NAE_ERA_R-1665_Eesti_Kunstnike_Liit, lk 24
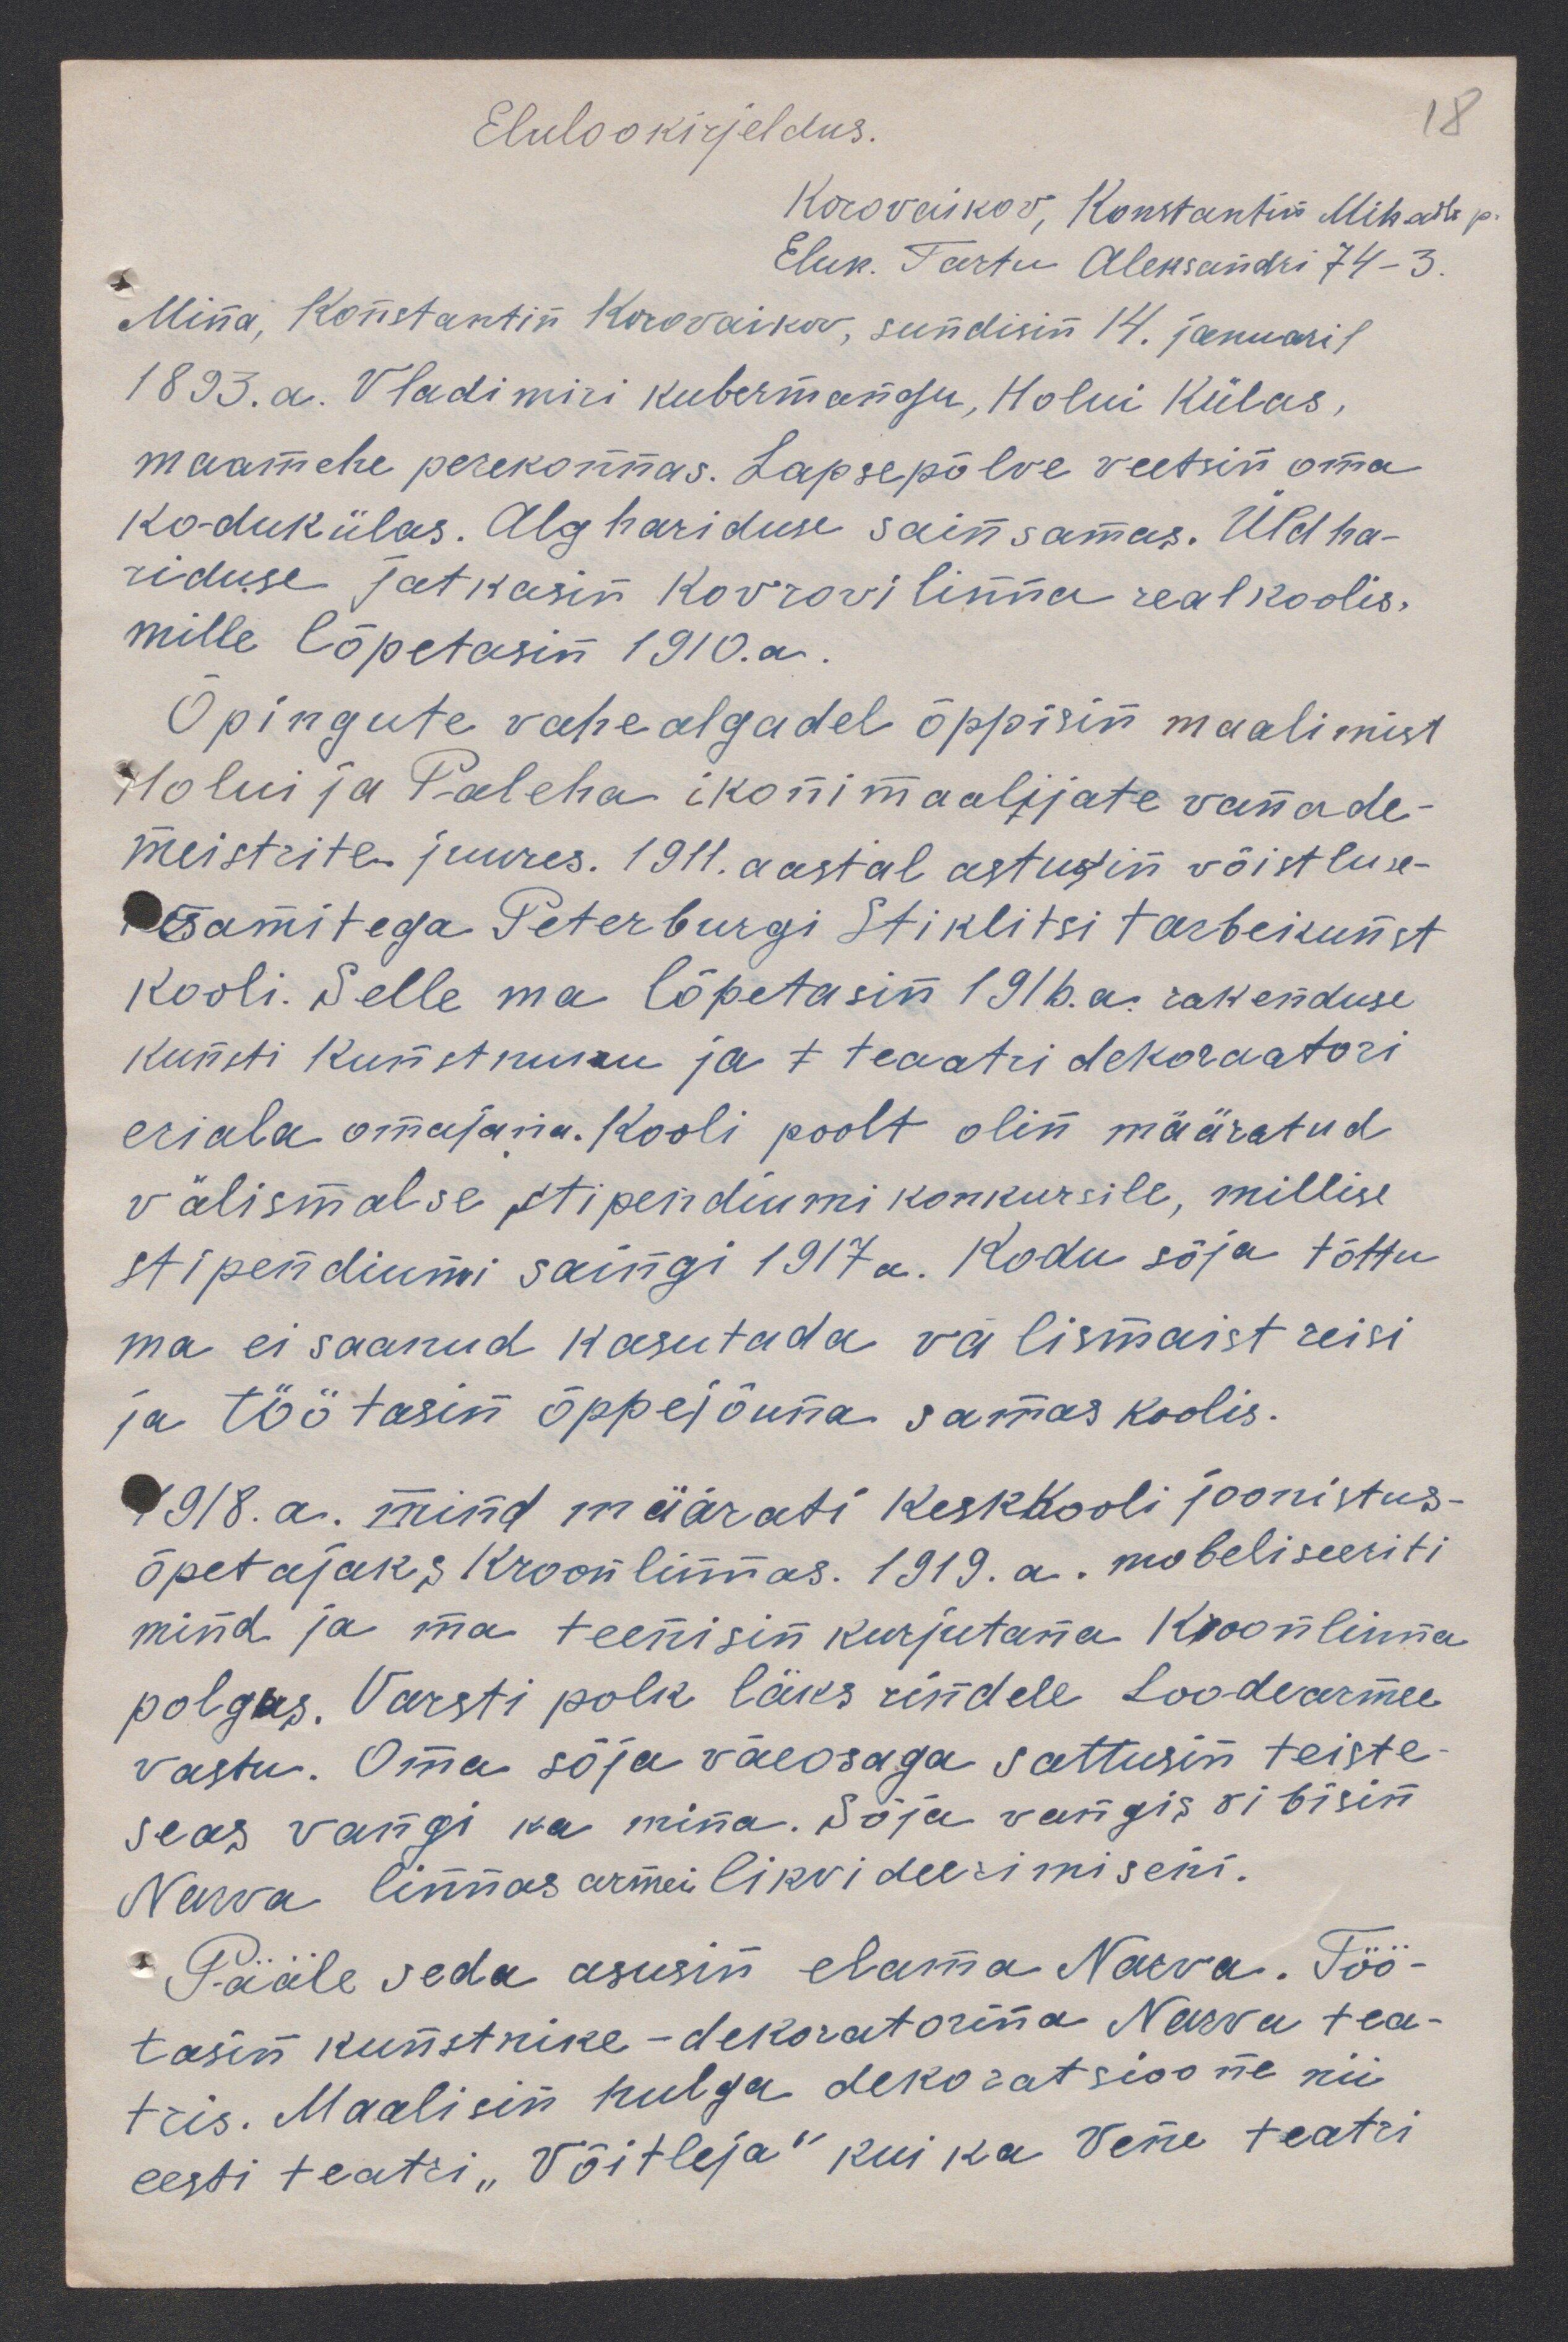
18

Elulookirjeldus.
Korovaikov, Konstantin Mihaili p.
Eluk. Tartu Aleksandri 74-3.
Mina, Konstantin Korovaikov, sundisin 14. januaril
1893.a. Vladimiri kubermangu, Holui külas,
maamehe perekonnas. Lapsepõlve veetsin oma
ko-dukülas. Alghariduse sain samas. Üldha-
riduse jatkasin Kovrovi linna realkoolis,
mille lõpetasin 1910.a.
Õpingute vahealgadel õppisin maalimist
Holui ja Paleha ikonimaalijate vanade-
meistrite juures. 1911. aastal astusin võistluse-
eksamitega Peterburgi Stiklitsi tarbekunst
kooli. Selle ma lõpetasin 1916. a. rakenduse
kunsti kunstnuku ja t teaatri dekoraatori
eriala omajana. Kooli poolt olin määratud
välismalse stipendiumi konkursile, millise
stipendiumi saingi 1917 a. Kodu sõja tõttu
ma ei saanud kasutada välismaist reisi
ja töötasin õppejõuna samas koolis.
1918. a. mind määrati keskkooli joonistus-
õpetajaks Kroonlinnas. 1919. a. mobeliseeriti
mind ja ma teenisin kurjutana Kroonlinna
polgus. Varsti polk läks rindele Loodearmee
vastu. Oma sõja väeosaga sattusin teiste-
seas vangi ka mina. Sõja vangis vibisin
Narva linnas armei likvideerimiseni.
Pääle seda asusin elama Narva. Töö-
tasin kunstnike - dekoratorina Narva tea-
tris. Maalisin hulga dekoratsioone nii
eesti teatri "Võitleja" kui ka Vene teatri